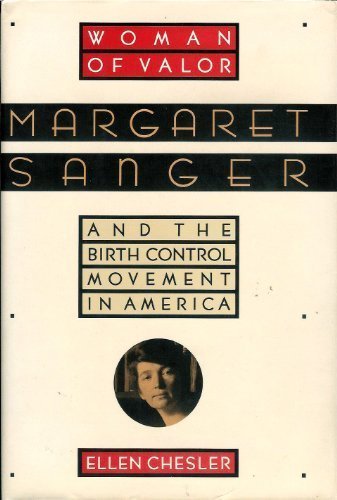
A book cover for Woman of Valor: Margaret Sanger and the Birth Control Movement in America; Ellen Chesler; Politics & Social Sciences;